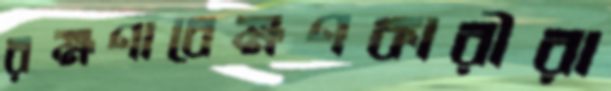
রক্ষণাবেক্ষণকারীরা